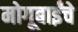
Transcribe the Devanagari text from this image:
मोगूबाईंचे